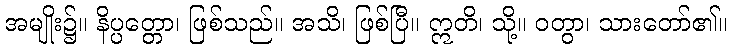
အမျိုး၌။ နိပ္ပတ္တော၊ ဖြစ်သည်။ အသိ၊ ဖြစ်ပြီ။ ဣတိ၊ သို့။ ဝတွာ၊ သားတော်၏။